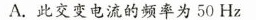
A.此交变电流的频率为50Hz